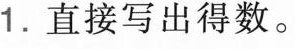
1.直接写出得数。